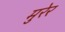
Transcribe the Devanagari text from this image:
मुरेर